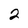
Character: 2